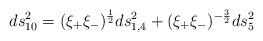
\begin{align*}ds_{10}^2 = (\xi_+ \xi_-)^{1 \over 2} ds_{1,4}^2+(\xi_+ \xi_-)^{-{3 \over 2}} ds_{5}^2\end{align*}